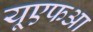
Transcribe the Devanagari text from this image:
यूएफआ